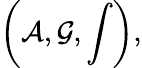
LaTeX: \left({\cal A},{\cal G},\int\right),